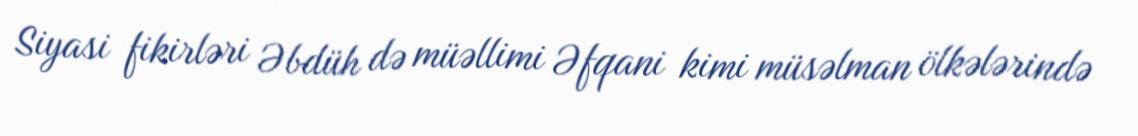
Siyasi fikirləri Əbdüh də müəllimi Əfqani kimi müsəlman ölkələrində